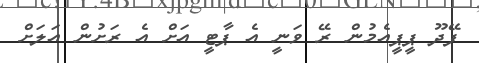
ފޭދޫ ޕީޕީއެމުން ރޭ ވަނީ އެ ޕާޓީ އަށް އެ ރަށުން އަލަށް